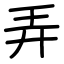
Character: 弄